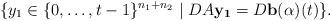
LaTeX: \begin{align*} \{y_1 \in \{0, \ldots, t-1\}^{n_1+n_2} \mid DA \mathbf{y_1} = D \mathbf{b(\alpha)}(t)\}. \end{align*}